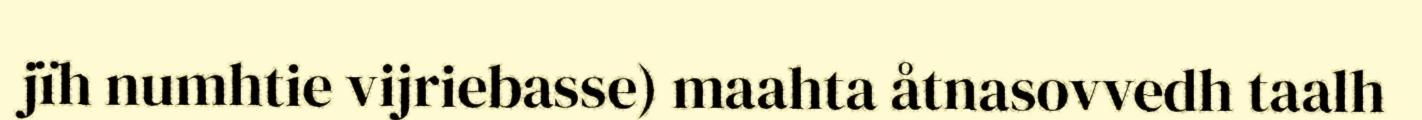
jïh numhtie vijriebasse) maahta åtnasovvedh taalh